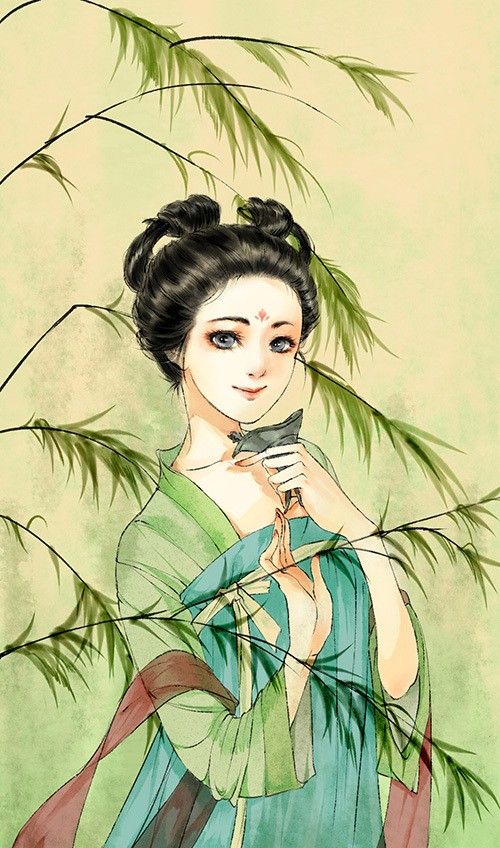
风吹柳花满店香，吴姬压酒唤客尝。